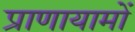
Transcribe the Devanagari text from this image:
प्राणायामों